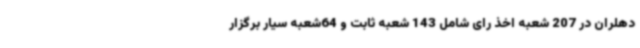
دهلران در 207 شعبه اخذ رای شامل 143 شعبه ثابت و 64شعبه سیار برگزار